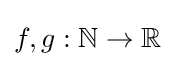
f,g:\mathbb {N} \to \mathbb {R}